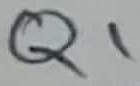
Text: Q1